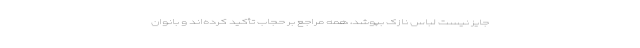
جایز نیست لباس نازک بپوشد، همه مراجع بر حجاب تأکید کرده‌اند و بانوان